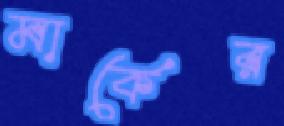
মার্কের